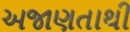
અજાણતાથી